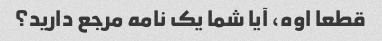
قطعا اوه، آیا شما یک نامه مرجع دارید؟